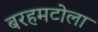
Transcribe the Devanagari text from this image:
बरहमटोला